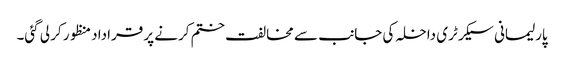
پارلیمانی سیکرٹری داخلہ کی جانب سے مخالفت ختم کرنے پر قراداد منظور کر لی گئی۔